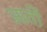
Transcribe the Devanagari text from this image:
आर्ती